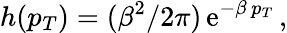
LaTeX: h(p_{T})=(\beta^{2}/2\pi)\, \mathrm{e}^{-\beta\, p_{T}}\, ,